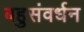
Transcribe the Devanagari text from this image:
बहुसंवर्धन